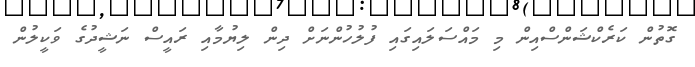
ގޮތުން ކަރެކްޝަންސްއިން މި މައްސަލައިގައި ފުލުހުންނަށް ދިން ލިޔުމާއި ރައީސް ނަޝީދުގެ ވަކީލުން